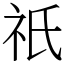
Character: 祇